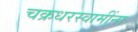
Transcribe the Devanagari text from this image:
चक्रधरस्वामींना